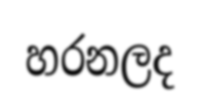
හරනලද